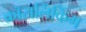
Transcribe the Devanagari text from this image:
क्रॉसलिंकिंग